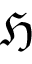
{ \mathfrak H }